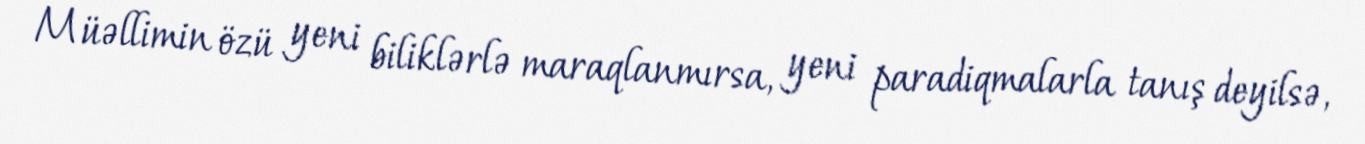
Müəllimin özü yeni biliklərlə maraqlanmırsa, yeni paradiqmalarla tanış deyilsə,